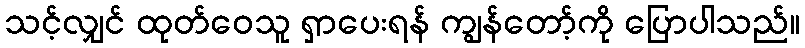
သင့်လျှင် ထုတ်ဝေသူ ရှာပေးရန် ကျွန်တော့်ကို ပြောပါသည်။